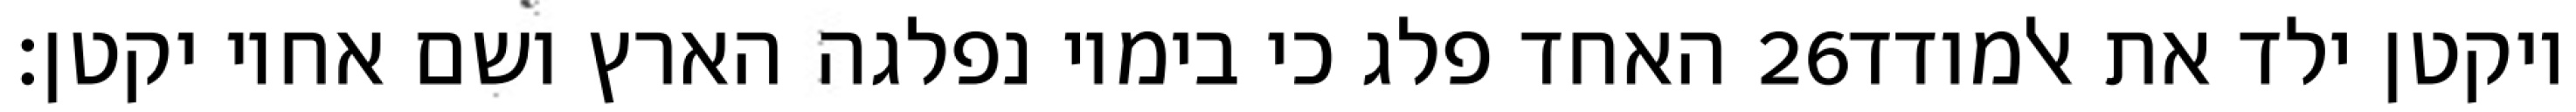
האחד פלג כי בימיו נפלגה הארץ ושם אחיו יקטן׃ ‎26‏ ויקטן ילד את אלמודד